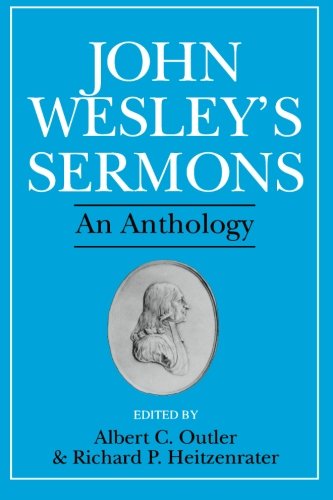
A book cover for John Wesley's Sermons: An Anthology; Albert C. Outler; Christian Books & Bibles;